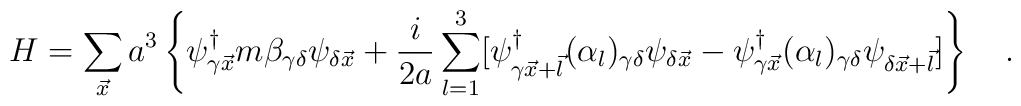
H=\sum_{\vec{x}} a^3 \left\{ \psi_{\gamma \vec{x}}^{\dagger} m\beta _{\gamma \delta}\psi_{\delta \vec{x}}+\frac{i}{2a}\sum_{l=1}^{3}[\psi_{ \gamma \vec{x}+\vec{l}}^{\dagger}(\alpha_{l})_{\gamma \delta}\psi_{\delta \vec{x}}- \psi_{\gamma \vec{x}}^{\dagger}(\alpha_{l})_{\gamma \delta}\psi_{\delta \vec{x}+\vec{l}}] \right\}\quad .